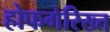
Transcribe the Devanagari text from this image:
होफगेरिख्त